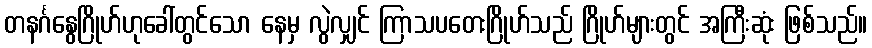
တနင်္ဂနွေဂြိုဟ်ဟုခေါ်တွင်သော နေမှ လွဲလျှင် ကြာသပတေးဂြိုဟ်သည် ဂြိုဟ်များတွင် အကြီးဆုံး ဖြစ်သည်။